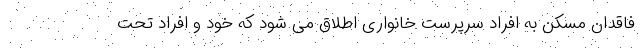
فاقدان مسکن به افراد سرپرست خانواری اطلاق می شود که خود و افراد تحت